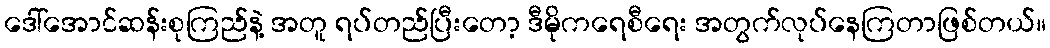
ဒေါ်အောင်ဆန်းစုကြည်နဲ့ အတူ ရပ်တည်ပြီးတော့ ဒီမိုကရေစီရေး အတွက်လုပ်နေကြတာဖြစ်တယ်။